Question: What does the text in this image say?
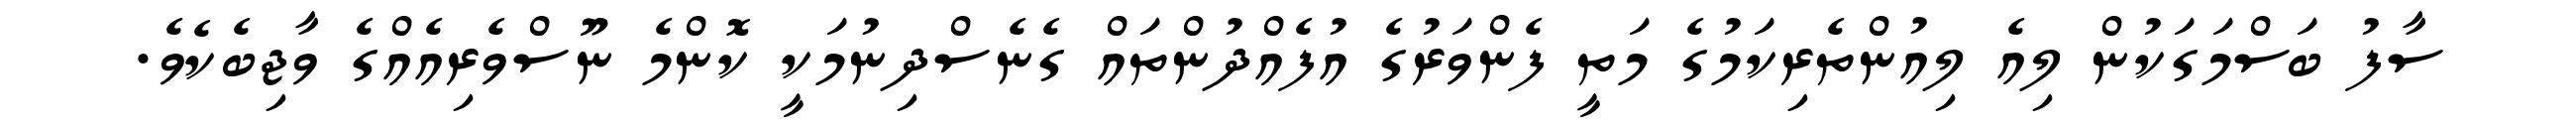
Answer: ސާފު ބަސްމަގަކުން ލިއެ ލިއުންތެރިކަމުގެ މަތީ ފެންވަރުގެ އުފެއްދުންތައް ގެނެސްދިނުމަކީ ކޮންމެ ނޫސްވެރިއެއްގެ ވާޖިބެކެވެ.